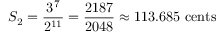
S _ { 2 } = { \frac { 3 ^ { 7 } } { 2 ^ { 1 1 } } } = { \frac { 2 1 8 7 } { 2 0 4 8 } } \approx 1 1 3 . 6 8 5 \ { \mathrm { c e n t s } }